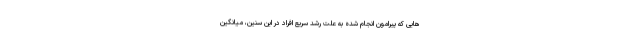
هایی که پیرامون انجام شده به علت رشد سریع افراد در این سنین، میانگین